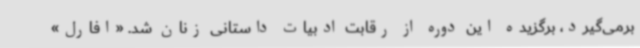
برمی‌گیرد، برگزیده این دوره از رقابت ادبیات داستانی زنان شد. «افارل»